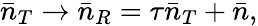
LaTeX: \bar{n}_{T}\rightarrow\bar{n}_{R}=\tau\bar{n}_{T}+\bar{n},